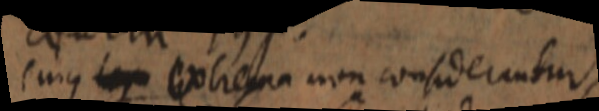
cuius extrema non considerantur